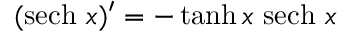
( \operatorname { s e c h } \, x ) ^ { \prime } = - \operatorname { t a n h } x \, \operatorname { s e c h } \, x